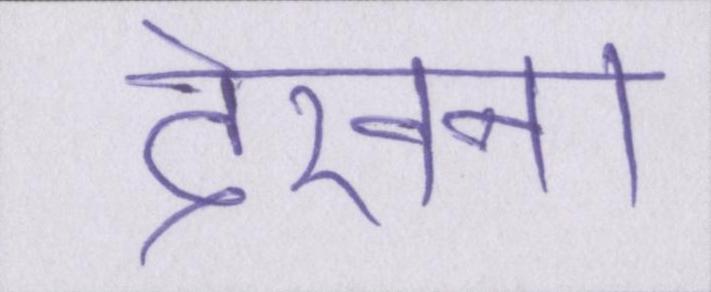
देखना